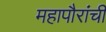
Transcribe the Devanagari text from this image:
महापौरांची